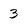
Character: 3